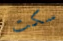
سكت